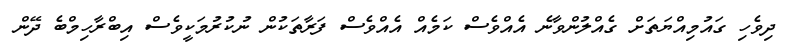
ދިވެހި ގައުމިއްޔަތަށް ގެއްލުންވާނެ އެއްވެސް ކަމެއް އެއްވެސް ފަރާތަކުން ނުކުރުމަކީވެސް އިބްރާހިމްބެ ދޭން